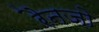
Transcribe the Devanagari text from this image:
रैनजो